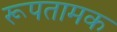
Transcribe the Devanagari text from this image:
रूपतामक